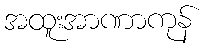
အထူးအာဏာကုန်